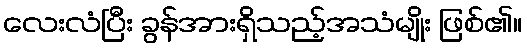
လေးလံပြီး ခွန်အားရှိသည့်အသံမျိုး ဖြစ်၏။